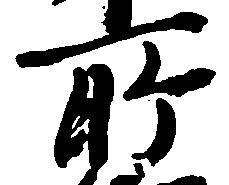
所